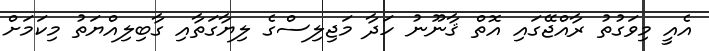
އެއީ މިވަގުތު ރާއްޖޭގައި އޮތް ޤާނޫނު ހަދާ މަޖިލިސްގެ ލިޔާގަތާއި ގާބިލިއްޔަތު މިކަމަށް